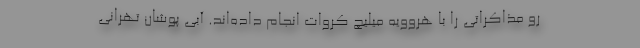
رو مذاکراتی را با هروویه میلیچ کروات انجام داده‌اند. آبی پوشان تهرانی